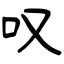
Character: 叹